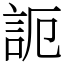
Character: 𧦠